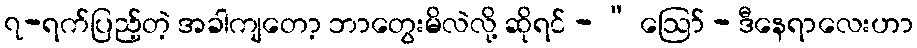
၇-ရက်ပြည့်တဲ့ အခါကျတော့ ဘာတွေးမိလဲလို့ ဆိုရင် - “ ဩော် - ဒီနေရာလေးဟာ